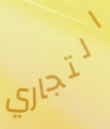
التجاري